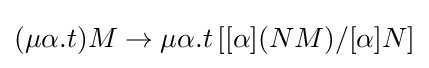
(\mu \alpha .t)M\to \mu \alpha .t\left[[\alpha ](NM)/[\alpha ]N\right]